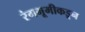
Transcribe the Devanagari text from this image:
रंगभूमीकडून